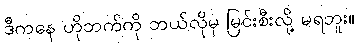
ဒီကနေ ဟိုဘက်ကို ဘယ်လိုမှ မြင်းစီးလို့ မရဘူး။